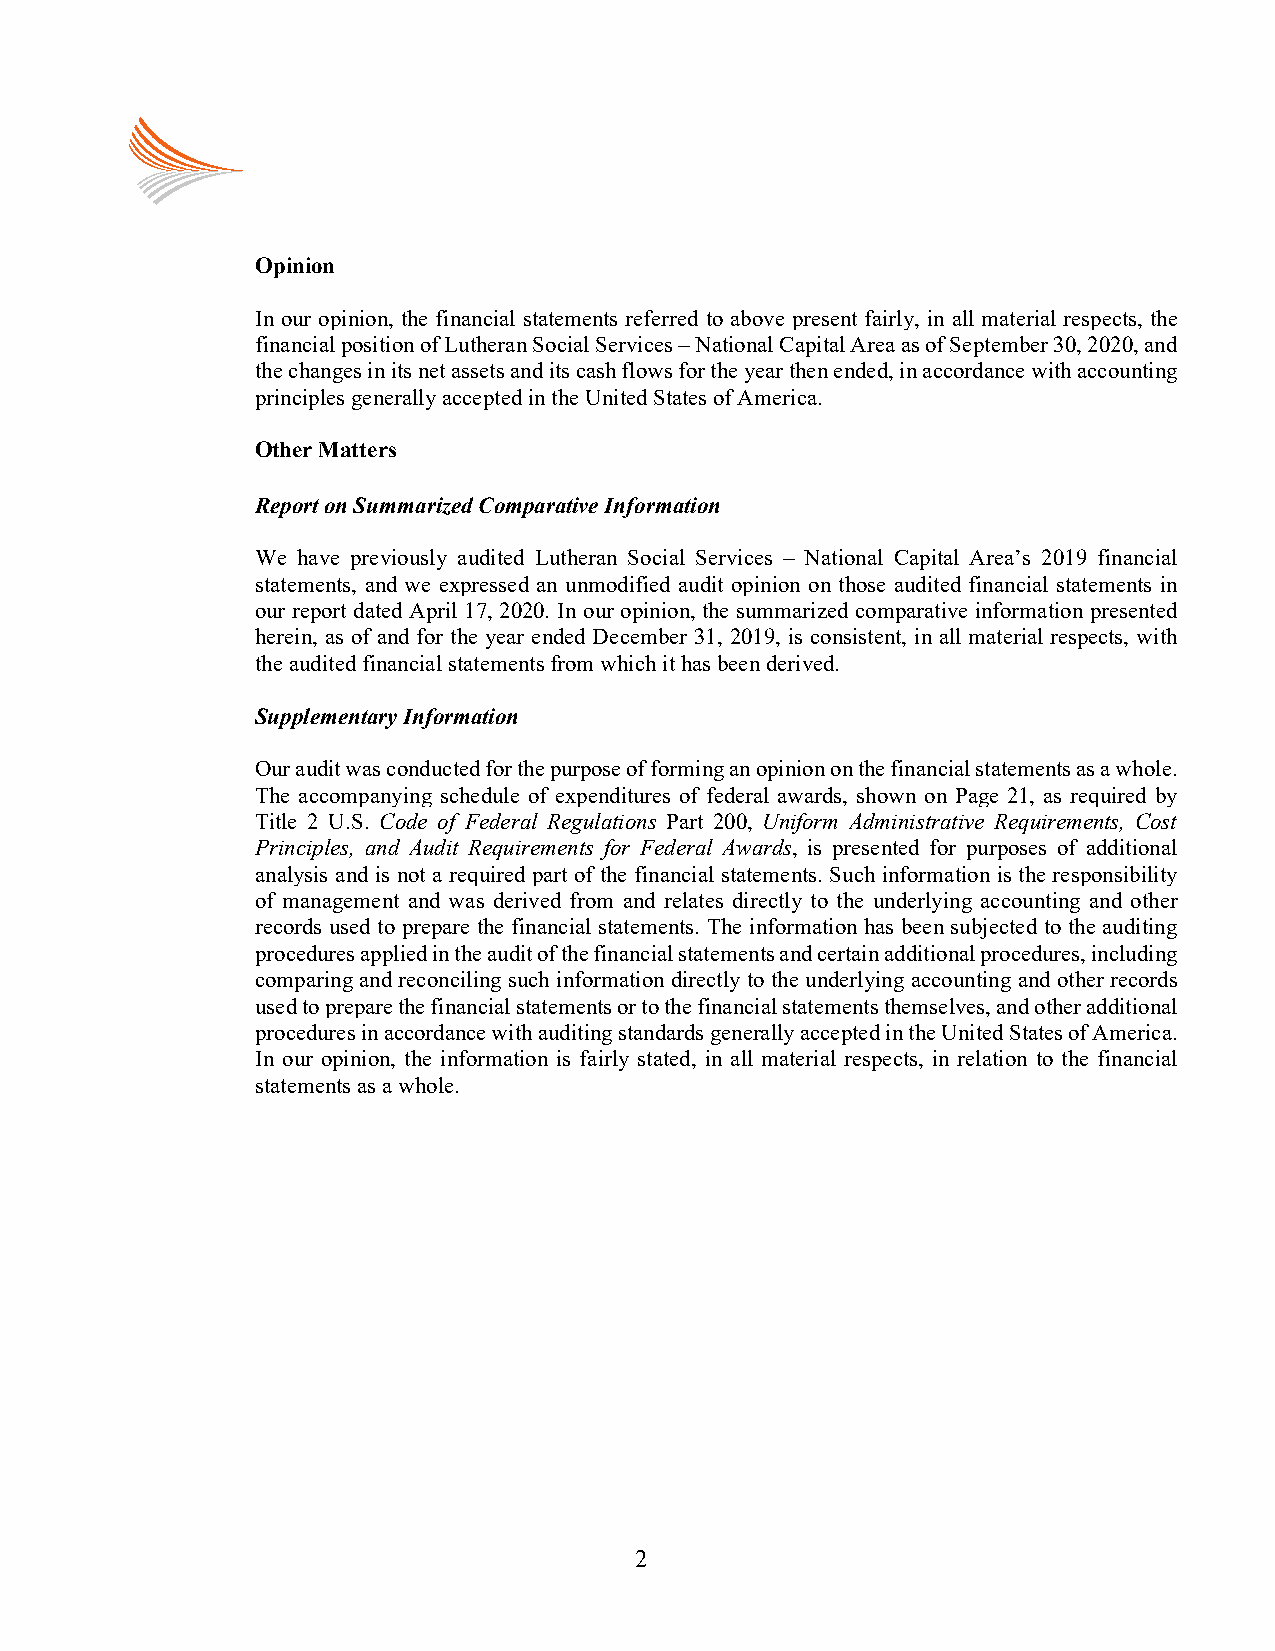
Opinion
 In our opinion, the financial statements referred to above present fairly, in all material respects, the
 financial position of Lutheran Social Services – National Capital Area as of September 30, 2020, and
 the changes in its net assets and its cash flows for the year then ended, in accordance with accounting
 principles generally accepted in the United States of America.
 Other Matters
 Report on Summarized Comparative Information
 We have previously audited Lutheran Social Services – National Capital Area’s 2019 financial
 statements, and we expressed an unmodified audit opinion on those audited financial statements in
 our report dated April 17, 2020. In our opinion, the summarized comparative information presented
 herein, as of and for the year ended December 31, 2019, is consistent, in all material respects, with
 the audited financial statements from which it has been derived.
 Supplementary Information
 Our audit was conducted for the purpose of forming an opinion on the financial statements as a whole.
 The accompanying schedule of expenditures of federal awards, shown on Page 21, as required by
 Title 2 U.S. Code of Federal Regulations Part 200, Uniform Administrative Requirements, Cost
 Principles, and Audit Requirements for Federal Awards, is presented for purposes of additional
 analysis and is not a required part of the financial statements. Such information is the responsibility
 of management and was derived from and relates directly to the underlying accounting and other
 records used to prepare the financial statements. The information has been subjected to the auditing
 procedures applied in the audit of the financial statements and certain additional procedures, including
 comparing and reconciling such information directly to the underlying accounting and other records
 used to prepare the financial statements or to the financial statements themselves, and other additional
 procedures in accordance with auditing standards generally accepted in the United States of America.
 In our opinion, the information is fairly stated, in all material respects, in relation to the financial
 statements as a whole.
 2